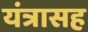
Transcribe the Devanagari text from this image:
यंत्रासह